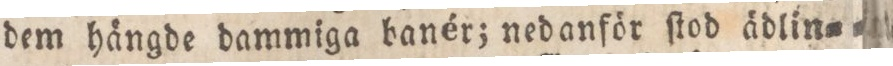
dem hängde dammiga banér; nedanför ſtod ädlin=